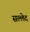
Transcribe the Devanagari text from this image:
सल्लेद